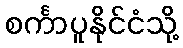
စင်္ကာပူနိုင်ငံသို့